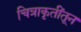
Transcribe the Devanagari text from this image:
चित्राकृतींतून